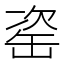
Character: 𦈱